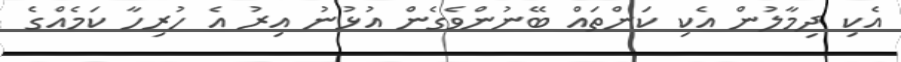
އެކި ދިމާލުން އެކި ކަންތައް ބޭނުންވެގެން އުޅުނު އިރު އެ ހުރިހާ ކަމެއްގެ